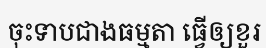
ចុះទាបជាងធម្មតា ធ្វើឲ្យខួរ